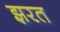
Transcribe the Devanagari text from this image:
झरत